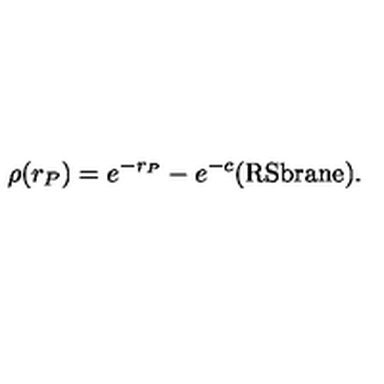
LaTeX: \rho ( r _ { P } ) = e ^ { - r _ { P } } - e ^ { - c } \mathrm { ( R S b r a n e ) } .